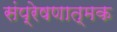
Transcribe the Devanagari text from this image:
संप्रेषणात्मक